Report on lock hospitals in British Burma
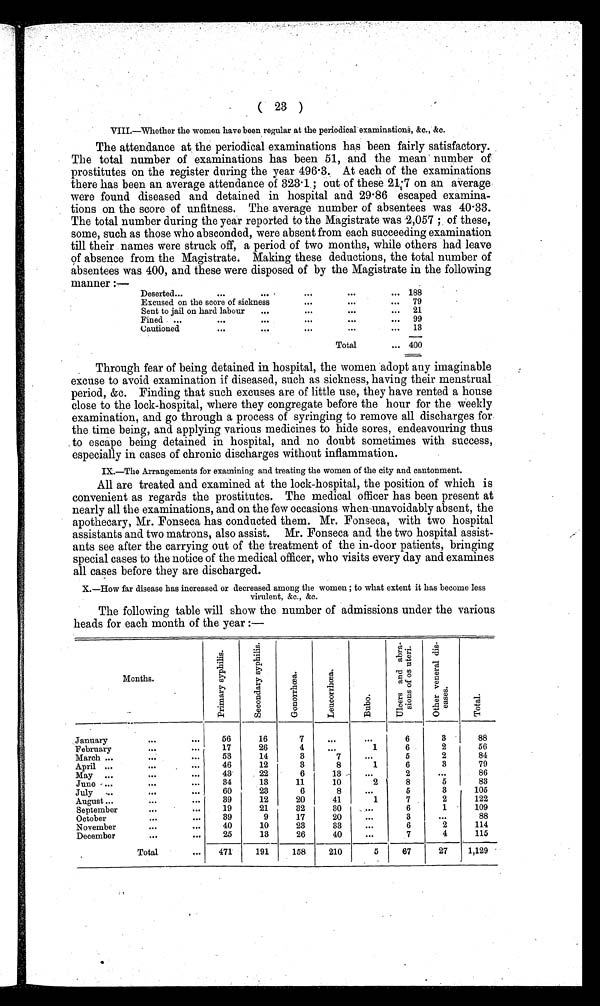
( 23 )
VIII.—Whether the women have been regular at the periodical examination, &c., &c.
The attendance at the periodical examinations has been fairly satisfactory.
The total number of examinations has been 51, and the mean number of
prostitutes on the register during the year 496.3. At each of the examinations
there has been an average attendance of 323.1 ; out of these 21.7 on an average
were found diseased and detained in hospital and 29.86 escaped examina-
tions on the score of unfitness. The average number of absentees was 40.33.
The total number during the year reported to the Magistrate was 2,057; of these,
some, such as those who absconded, were absent from each succeeding examination
till their names were struck off, a period of two months, while others had leave
of absence from the Magistrate. Making these deductions, the total number of
absentees was 400, and these were disposed of by the Magistrate in the following
manner :—
Deserted...
...
. . .
. . .
... 188
Excused on the score of sickness
. . .
...
... 79
Sent to jail on hard labour
...
. . .
...
... 21
Fined ...
...
. . .
...
. . . 99
Cautioned
...
...
...
...
. . . 13
Total
... 400
Through fear of being detained in hospital, the women adopt any imaginable
excuse to avoid examination if diseased, such as sickness, having their menstrual
period, &c. Finding that such excuses are of little use, they have rented a house
close to the lock-hospital, where they congregate before the hour for the weekly
examination, and go through a process of syringing to remove all discharges for
the time being, and applying various medicines to hide sores, endeavouring thus
to escape being detained in hospital, and no doubt sometimes with success,
especially in cases of chronic discharges without inflammation.
IX.—The Arrangements for examining and treating the women of the city and cantonment.
All are treated and examined at the lock-hospital, the position of which is
convenient as regards the prostitutes. The medical officer has been present at
nearly all the examinations, and on the few occasions when unavoidably absent, the
apothecary, Mr. Fonseca has conducted them. Mr. Fonseca, with two hospital
assistants and two matrons, also assist. Mr. Fonseca and the two hospital assist-
ants see after the carrying out of the treatment of the in-door patients, bringing
special cases to the notice of the medical officer, who visits every day and examines
all cases before they are discharged.
X.—How far disease has increased or decreased among the women ; to what extent it has become less
virulent, &c., &c.
The following table will show the number of admissions under the various
heads for each month of the year :—
Months.
P r i m a r y s y p h i l i s .
S e c o n d a r y s y p h i l i s .
G o n o r r h œ a .
L e u c o r r h œ a .
B u b o .
U l c e r s a n d a b r a s i o n s o f o s u t e r i .
O t h e r v e n e r a l d i s e a s e s .
T o t a l .
January
. . .
...
56
16
7
. . .
...
6
3
88
February
. . .
...
17
26
4
...
1
6
2
56
March ...
. . . . .
. . .
53
14
3
7
...
5
2
84
April ...
. . .
. . .
46
12
3
8
1
6
3
79
May ...
. . .
...
43
22
6
13
. . .
2
. . .
86
June ...
. . .
. . .
34
13
11
10
2
8
5
83
July ...
. . .
. . .
60
23
6
8
...
5
3
105
A u g u s t
. . .
...
39
12
20
41
1
7
2
122
September
. .
...
19
21
32
30
. . .
6
1
109
October
. . .
...
39
9
17
20
...
3
. . .
88
November
. . .
. .
40
10
23
33
. . .
6
2
114
December
. . .
...
25
13
26
40
...
7
4
115
Total
...
471
191
158
210
5
67
27
1,129